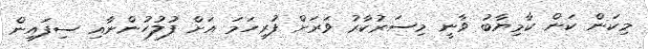
މިކަން ކަން ކާމިޔާބު ވާނީ މިސަރުކާރު ވަރަށް ފުރިހަމަ އަށް ފުލުހުންނާއި ސިފައިން